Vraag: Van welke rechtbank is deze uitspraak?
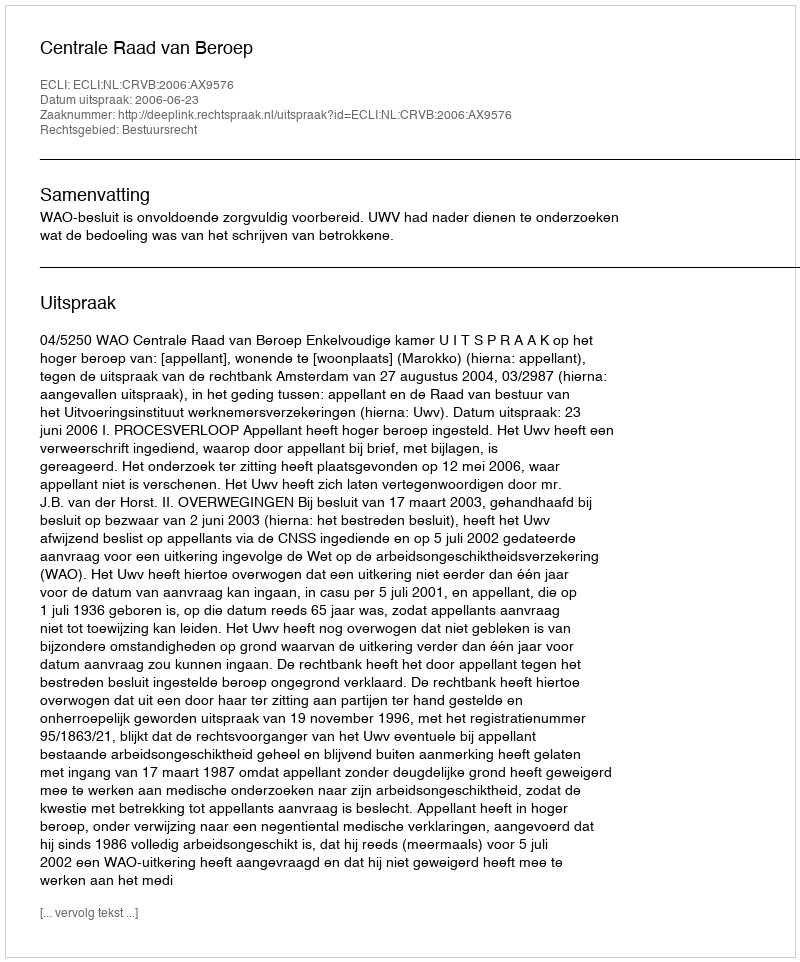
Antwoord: Centrale Raad van Beroep